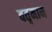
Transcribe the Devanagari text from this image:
वतृमान